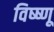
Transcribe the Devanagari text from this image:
विष्ष्णू